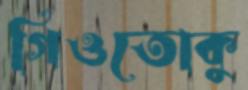
গিওতোকু